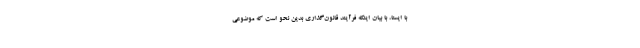
با ایسنا، با بیان اینکه فرآیند قانون‌گذاری بدین نحو است که موضوعی